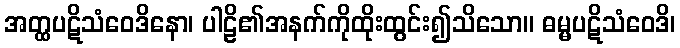
အတ္ထပဋိသံဝေဒိနော၊ ပါဠိ၏အနက်ကိုထိုးထွင်း၍သိသော။ ဓမ္မပဋိသံဝေဒိ၊